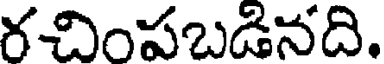
రచింపబడినది.